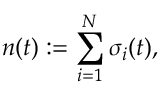
n ( t ) : = \sum _ { i = 1 } ^ { N } \sigma _ { i } ( t ) ,